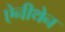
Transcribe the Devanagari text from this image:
ऐनीथेन